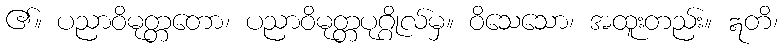
၏။ ပညာဝိမုတ္တတော၊ ပညာဝိမုတ္တပုဂ္ဂိုလ်မှ။ ဝိသေသော၊ အထူးတည်း။ ဣတိ၊